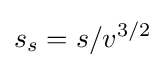
s_{s}=s/v^{3/2}